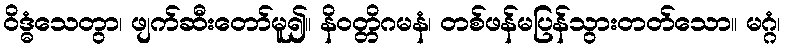
ဝိဒ္ဓံသေတွာ၊ ဖျက်ဆီးတော်မူ၍။ နိဝတ္တိဂမနံ၊ တစ်ဖန်မပြန်သွားတတ်သော။ မဂ္ဂံ၊